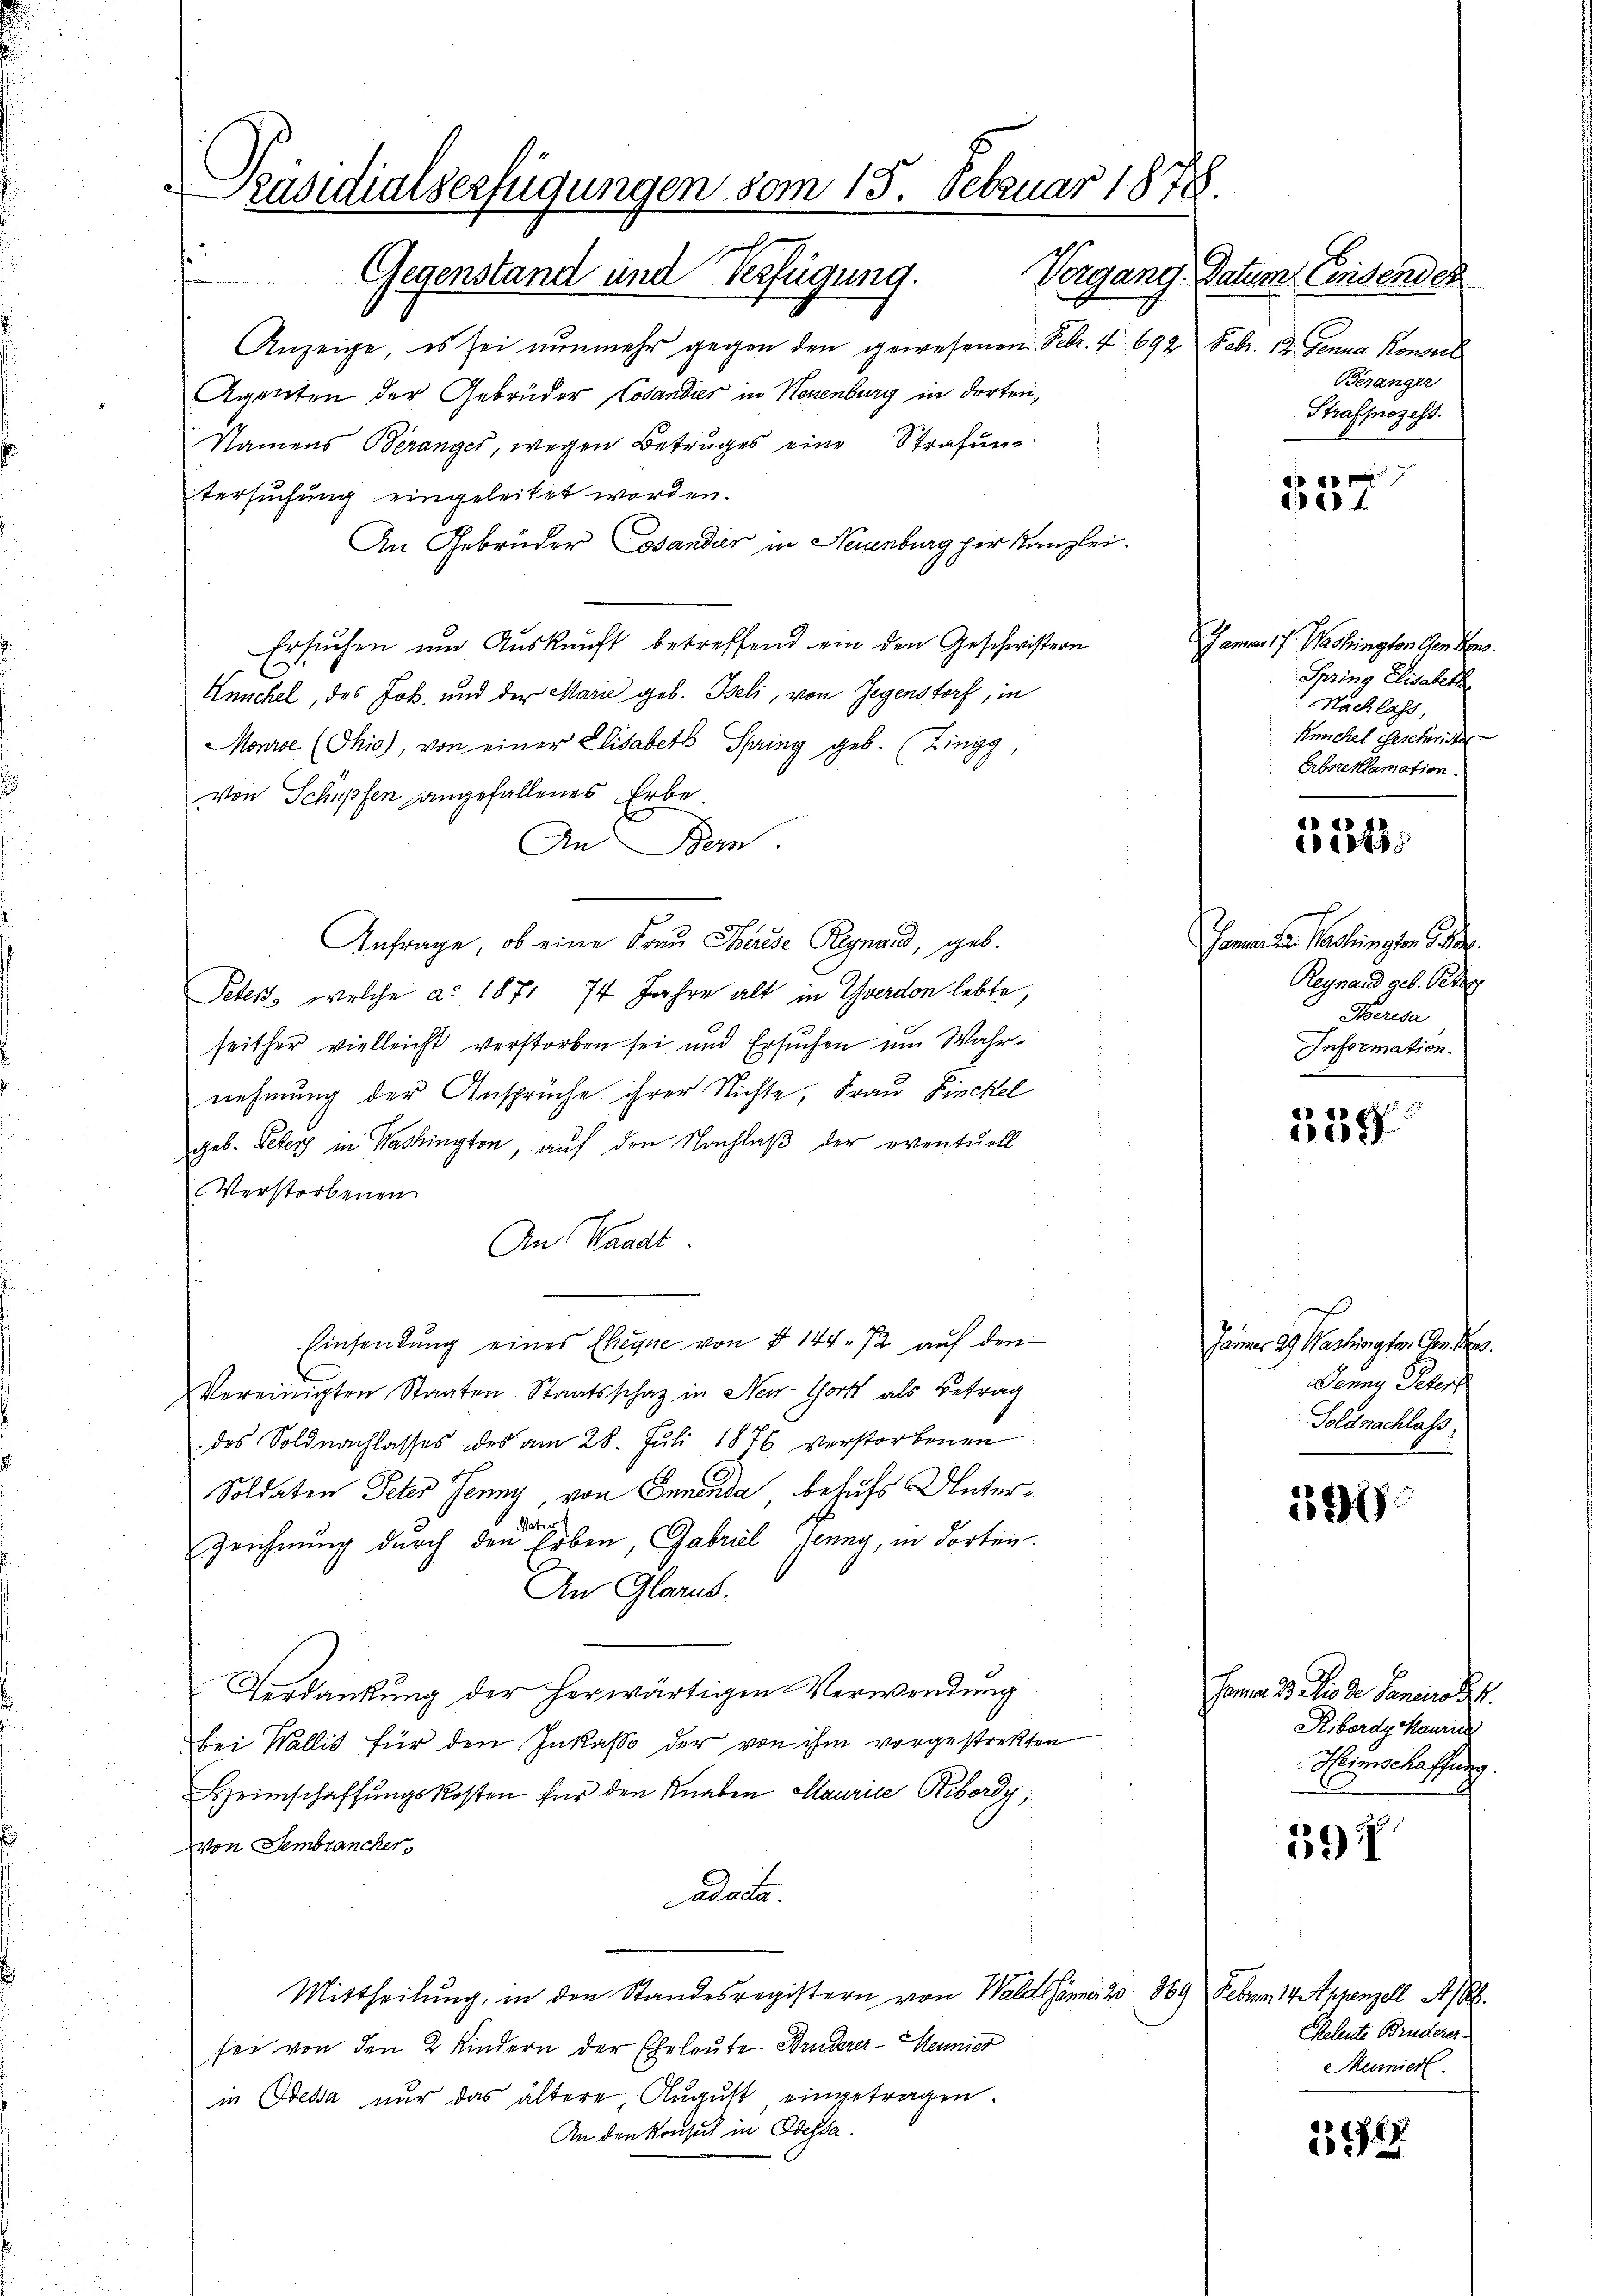
Anzeige, es sei nunmehr gegen den gewesenen Febr. 4 692 Febr. 12. Jenna Konsul
Agenten der Gebrüder Cosandier in Neuenburg in dorten,
Namens Beranges, wegen Betruges eine Strafung
tersuchung eingeleitet worden.
An Gebrüder Cosandier in Neuenburg per Kanzlei.
Ersuchen um Auskunft betreffend ein den Geschwistern
Knuchel, des Joh. und der Marie geb. Beli, von Gegenstorf, in
Mone (Ohio), von einer Elisabeth Spring geb. (Zingg,
von Schüpfen angefallenes Erbe.
An Bern.
Anfrage, ob eine Frau Therese Reynaud, geb.
Peters, welche a. 1871 74 Jahre alt in Yverdon lebte,
seither vielleicht verstorben sei und Ersuchen um Wahrnehmung der Ansprüche ihrer Nichte, Frau Pinchel
geb. Peters in Washington, auf den Nachlaß der eventuell
Verstorbenen
An Waadt.
Einsendung eines Eheque von § 144. 72 auf den
Vereinigten Staaten Staatsschatz in New-York als Betrag
des Soldnachlasses des am 28. Juli 1876 verstorbenen
Soldaten Peter Jenny von Innenda behufs Unter¬
Votig
Zeichnung durch den Erben, Gabriel Jenny, in dorten
An Glarus.
Verdankung der herwärtigen Verwendung
bei Wallis für den Inkasse der von ihm vorgestrekten
Heimschaffungskosten für den Knaben Maurice Bibordis,
von Sembrancher,
adacta.
Mittheilung, in den Standesregistern von Waldsäma 2 869 Febr. 14 Appenzell A.
sei von den 2 Kindern der Eheleute Bruderer-Heunier
in Odessa nŭr das ältere August eingetragen.
An den Konsul in Odessa.

Präsidialserfügungen vom 15. Februar 1878.
Gegenstand und Verfügung.

Vorgang. Datum. Einsendes
Beränger
Strafmozess

337

Gamar 17. Washington Ges. Hrn.
Thring Elisabeth
Nachlass,
Keichel Geschwiste
Erbsreklamation

44)
1851

Jama der Verbringen der
Reynad geb. Peter
Terisa
Information.

e
5

Jammer ag. Washington Ges.
Jenny Peter
Soldnachlaß.

13

Homma 2 dies de Janeiro
Ribordy Maurich
Heimschaffung.

59

Eheleute Bruderer
Mumiert.

1317.